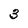
Character: 3